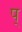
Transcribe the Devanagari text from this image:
प्‌